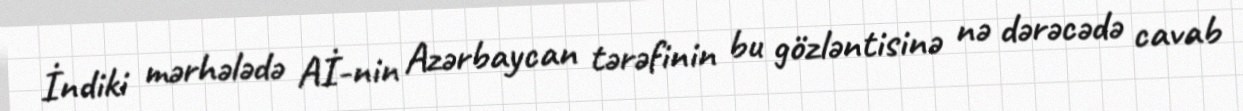
İndiki mərhələdə Aİ-nin Azərbaycan tərəfinin bu gözləntisinə nə dərəcədə cavab